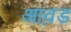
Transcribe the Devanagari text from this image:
आव़ड